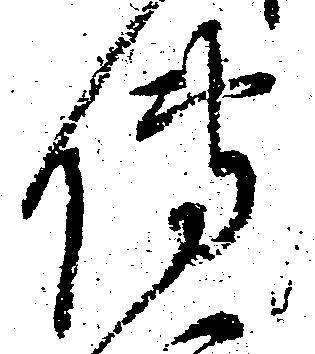
伝